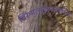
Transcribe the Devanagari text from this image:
तिरूमलाईरयानपत्तिनम